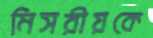
মিসরীয়কে